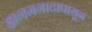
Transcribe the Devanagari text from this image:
झगमगाटापासून